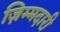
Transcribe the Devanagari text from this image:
ज़िम्मदारी